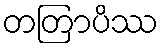
တတြာပိဿ